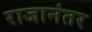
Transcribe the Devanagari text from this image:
राजानंतर